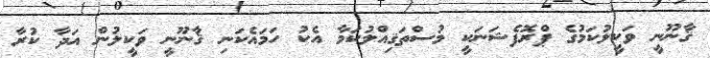
ޤާނޫނީ ވަކީލުކަމުގެ ޕްރޮފެޝަނަކީ މުސްތަޤިއްލުކަމާ އެކު ހަމައެކަނި ޤާނޫނީ ވަކީލުން އަދާ ކުރާ